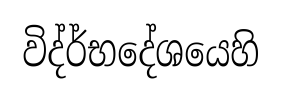
විද්ර්භදේශයෙහි